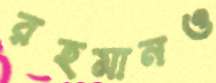
রহমানও